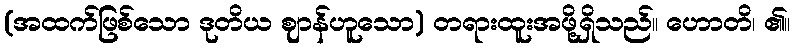
(အထက်ဖြစ်သော ဒုတိယ ဈာန်ဟူသော) တရားထူးအဖို့ရှိသည်။ ဟောတိ၊ ၏။